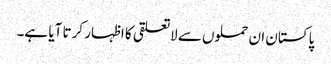
پاکستان ان حملوں سے لاتعلقی کا اظہار کرتا آیا ہے۔